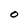
Character: 0